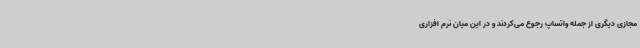
مجازی دیگری از جمله واتساپ رجوع می‌کردند و در این میان نرم افزاری